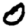
Digit: 0